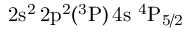
\mathrm { 2 s ^ { 2 } \, 2 p ^ { 2 } ( ^ { 3 } P ) \, 4 s ~ ^ { 4 } P _ { 5 / 2 } }